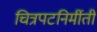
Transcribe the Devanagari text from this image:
चित्रपटनिर्मीती